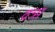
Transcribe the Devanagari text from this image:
वत्र्स